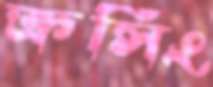
ক্রসিং